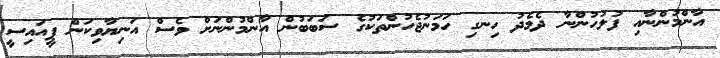
އާންމުންނާއި ފުލުހުންނާ ދެމެދު ހިނގި ހަމަނުޖެހުންތަކުގެ ސަބަބުން އާންމުންނަށް ވެސް އަނިޔާވިކަން ޕީއައިސީ